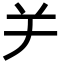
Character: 𦍍